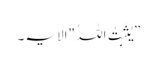
”یُثَبِّتُ اللہُ "الایہ۔